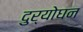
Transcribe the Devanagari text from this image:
दुर्योघन